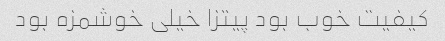
کیفیت خوب بود پیتزا خیلی خوشمزه بود